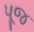
પૂજ